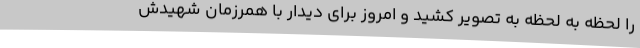
را لحظه به لحظه به تصویر کشید و امروز برای دیدار با همرزمان شهیدش